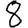
Digit: 8